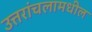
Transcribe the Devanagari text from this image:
उत्तरांचलामधील